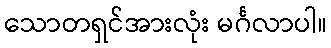
သောတရှင်အားလုံး မင်္ဂလာပါ။